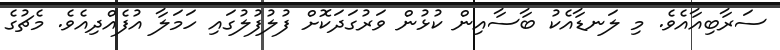
ސަރާބިއާއެވެ. މި ލަނޑާއެކު ބާސާއިން ކުޅުން ވަރުގަދަކޮށް ފުލުފުލުގައި ހަމަލާ އުފެއްދިއެވެ. މެޗުގެ